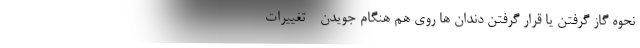
نحوه گاز گرفتن یا قرار گرفتن دندان ها روی هم هنگام جویدن - تغییرات